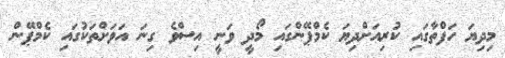
މިދިޔަ ހަފްތާގައި ކުރިއަށްދިޔަ ކެމްޕޭންގައި މޯދީ ވަނީ އިސްވެ ގިނަ އަވަށްތަކުގައި ކެމްޕޭން